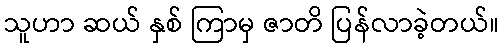
သူဟာ ဆယ် နှစ် ကြာမှ ဇာတိ ပြန်လာခဲ့တယ်။